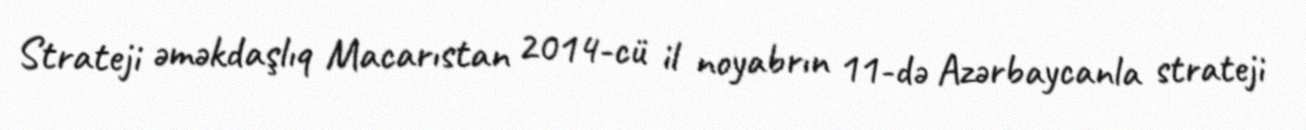
Strateji əməkdaşlıq Macarıstan 2014-cü il noyabrın 11-də Azərbaycanla strateji